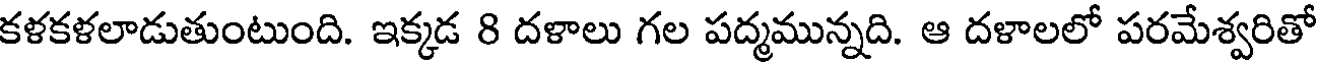
కళకళలాడుతుంటుంది. ఇక్కడ 8 దళాలు గల పద్మమున్నది. ఆ దళాలలో పరమేశ్వరితో